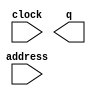
module R_SEQ (
	address,
	clock,
	q);

	input	[7:0]  address;
	input	  clock;
	output	[127:0]  q;

endmodule